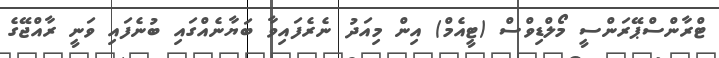
ޓްރާންސްޕޭރަންސީ މޯލްޑިވްސް (ޓީއެމް) އިން މިއަދު ނެރެފައިވާ ބަޔާނެއްގައި ބުނެފައި ވަނީ ރާއްޖޭގެ